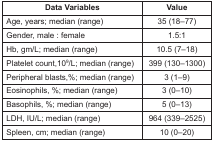
<table><thead><tr><td><b>Data Variables</b></td><td><b>Value</b></td></tr></thead><tbody><tr><td>Age, years; median (range)</td><td>35 (18–77)</td></tr><tr><td>Gender, male : female</td><td>1.5:1</td></tr><tr><td>Hb, gm/L; median (range)</td><td>10.5 (7–18)</td></tr><tr><td>Platelet count,10<sup>9</sup>/L; median (range)</td><td>399 (130–1300)</td></tr><tr><td>Peripheral blasts,%; median (range)</td><td>3 (1–9)</td></tr><tr><td>Eosinophils, %; median (range)</td><td>3 (0–10)</td></tr><tr><td>Basophils, %; median (range)</td><td>5 (0–13)</td></tr><tr><td>LDH, IU/L; median (range)</td><td>964 (339–2525)</td></tr><tr><td>Spleen, cm; median (range)</td><td>10 (0–20)</td></tr></tbody></table>